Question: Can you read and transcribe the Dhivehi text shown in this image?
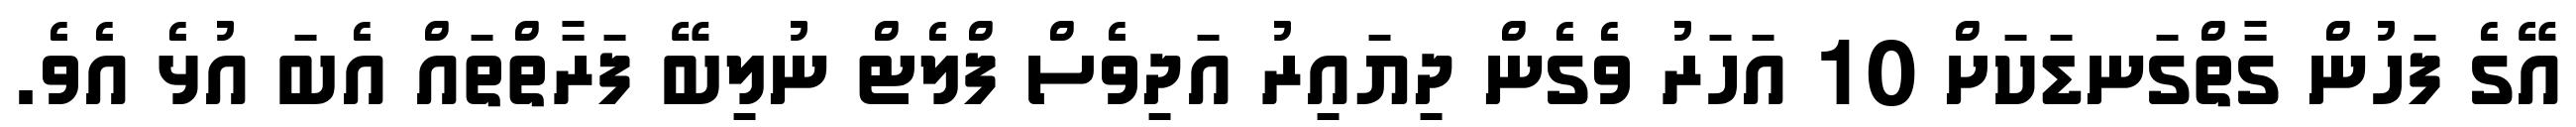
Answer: އޭގެ ފަހުން ގާތްގަނޑަކަށް 10 އަހަރު ވެގެން ދިޔައިރު އަދިވެސް ފްލެޓް ނުލިބޭ ފަރާތްތައް އެބަ އުޅެ އެވެ.